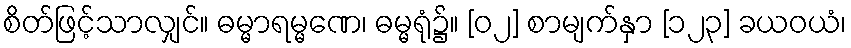
စိတ်ဖြင့်သာလျှင်။ ဓမ္မာရမ္မဏေ၊ ဓမ္မရုံ၌။ [၀၂] စာမျက်နှာ [၁၂၃] ခယဝယံ၊